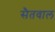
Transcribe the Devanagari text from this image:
सैतवाल